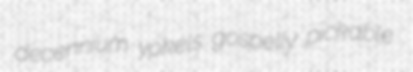
decennium yokels gospelly pickable